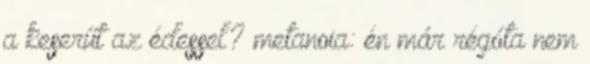
a keserűt az édessel? metanoia: én már régóta nem